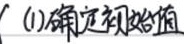
(1)确定初始值